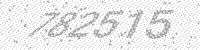
Solution: 782515